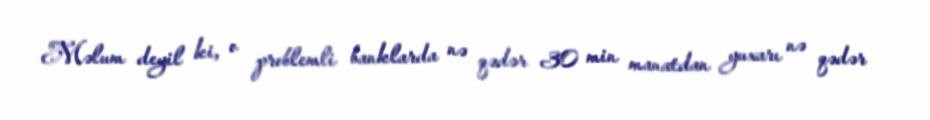
Məlum deyil ki, o problemli banklarda nə qədər 30 min manatdan yuxarı nə qədər